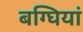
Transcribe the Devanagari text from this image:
बग्घियां